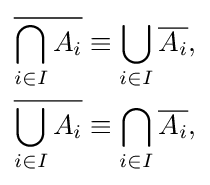
{\begin{aligned}{\overline {\bigcap _{i\in I}A_{i}}}&\equiv \bigcup _{i\in I}{\overline {A_{i}}},\\{\overline {\bigcup _{i\in I}A_{i}}}&\equiv \bigcap _{i\in I}{\overline {A_{i}}},\end{aligned}}